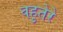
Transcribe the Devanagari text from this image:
वहुतेरे